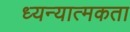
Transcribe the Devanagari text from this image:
ध्यन्यात्मकता